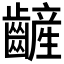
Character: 𪙞